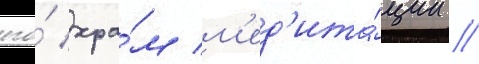
его́ хра́м м'ед'ита́ции //